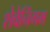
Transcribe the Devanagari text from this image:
शेवेनिंगम